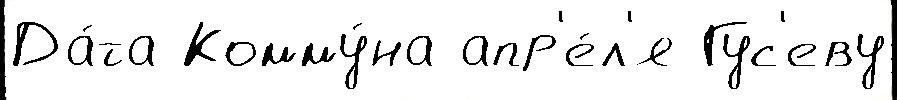
Да́та Комму́на апр'е́л'я Гус'еву